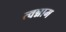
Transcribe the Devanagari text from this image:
त्वन्नाम